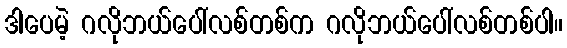
ဒါပေမဲ့ ဂလိုဘယ်ပေါ်လစ်တစ်က ဂလိုဘယ်ပေါ်လစ်တစ်ပါ။